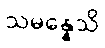
သမန္နေသိ